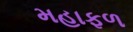
મહાફળ